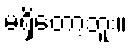
မရှိတော့ဘူး။